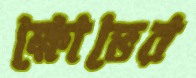
ক্ষোভের